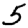
Digit: 5